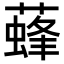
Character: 𦾌